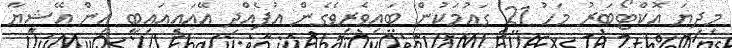
މިދިޔަ އޮކްޓޯބަރު މަހު 21 ގައުމަކުން ބައިވެރިވެގެން އުފެއްދި އޭއައިއައިބީ އިން އޭޝިޔާ